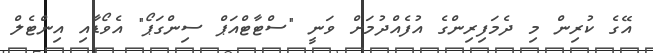
އޭގެ ކުރިން މި ދެމަފިރިންގެ އުފެއްދުމަށް ވަނީ "ސްޓާޓްއަޕް ސިންގަޕޯ" އެވޯޑާއި އިންޓެލް